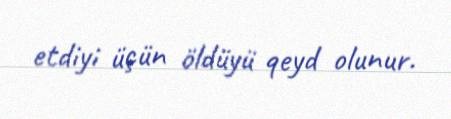
etdiyi üçün öldüyü qeyd olunur.